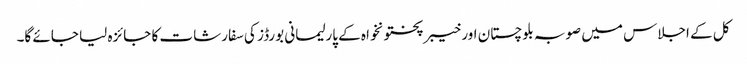
کل کے اجلاس میں صوبہ بلوچستان اور خیبرپختونخواہ کے پارلیمانی بورڈز کی سفارشات کا جائزہ لیا جائے گا۔